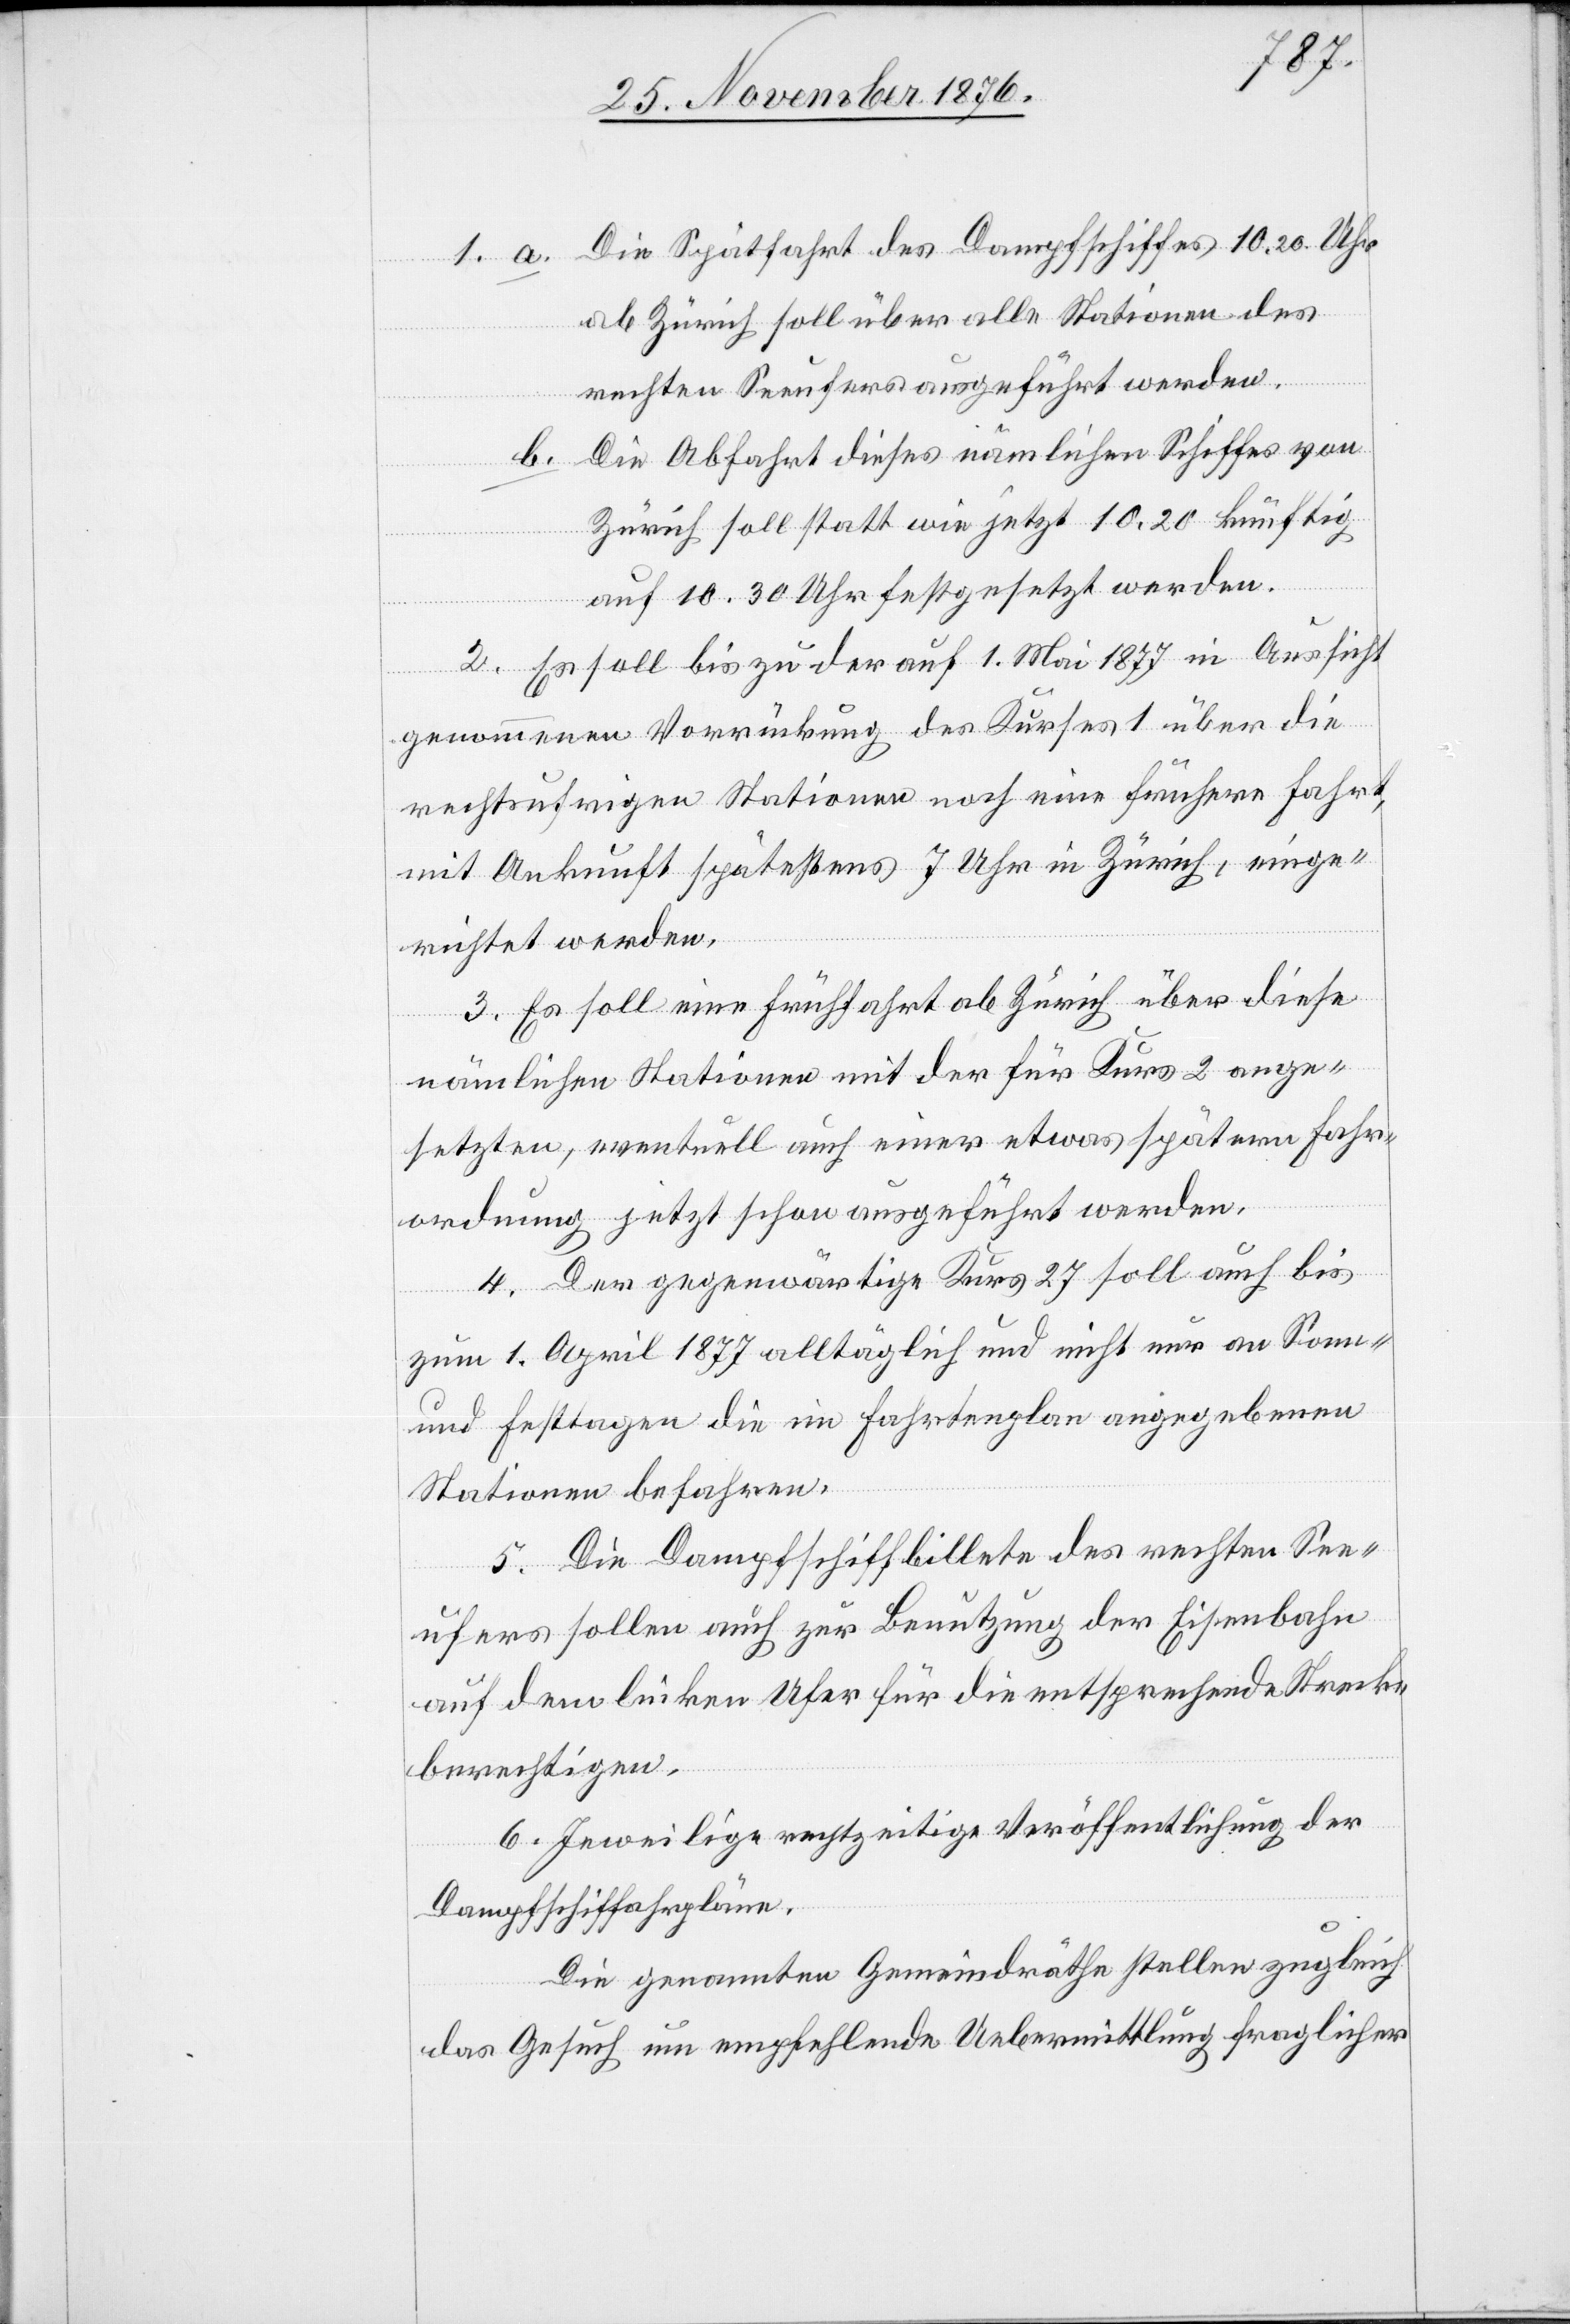
a.

Die Spätfahrt des Dampfschiffes 10.20 Uhr
ab Zürich soll über alle Stationen des
rechten Seeufers ausgeführt werden.
b.
Die Abfahrt dieses nämlichen Schiffes von
Zürich soll statt wie jetzt 10,20 künftig
auf 10.30 Uhr festgesetzt werden.
2. Es soll bis zu der auf 1. Mai 1877 in Aussicht
genommenen Vorrückung des Kurses 1 über die
rechtsufrigen Stationen noch eine frühere Fahrt,
mit Ankunft spätestens 7 Uhr in Zürich, einge¬
richtet werden.
3. Es soll eine Frühfahrt ab Zürich über diese
nämlichen Stationen mit der für Kurs 2 ange¬
setzten, eventuell auch einer etwas spätern Fahr¬
ordnung jetzt schon ausgeführt werden.
4. Der gegenwärtige Kurs 27 soll auch bis
zum 1. April 1877 alltäglich und nicht nur an Sonn-
und Festtagen die im Fahrtenplan angegebenen
Stationen befahren.
5. Die Dampfschiffbillete des rechten See¬
ufers sollen auch zur Benutzung der Eisenbahn
auf dem linken Ufer für die entsprechende Strecke
berechtigen.
6. Jeweilige rechtzeitige Veröffentlichung der
Dampfschiffahrpläne.
Die genannten Gemeindräthe stellen zugleich
das Gesuch um empfehlende Uebermittlung fraglicher